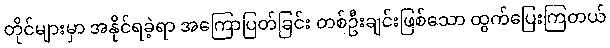
တိုင်များမှာ အနိုင်ရခဲ့ရာ အကြောပြတ်ခြင်း တစ်ဦးချင်းဖြစ်သော ထွက်ပြေးကြတယ်